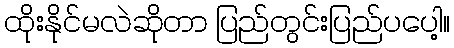
ထိုးနိုင်မလဲဆိုတာ ပြည်တွင်းပြည်ပပေါ့။